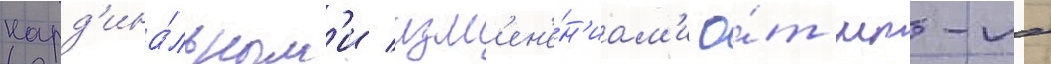
Кард'ина́льным'и изм'ен'е́н'иам'и о́т мт-лб